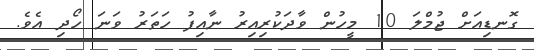
ގޮނޑިއަށް ޖުމްލަ 10 މީހުން ވާދަކުރިއިރު ނާއިފު ހަތަރު ވަނަ ހޯދި އެވެ.